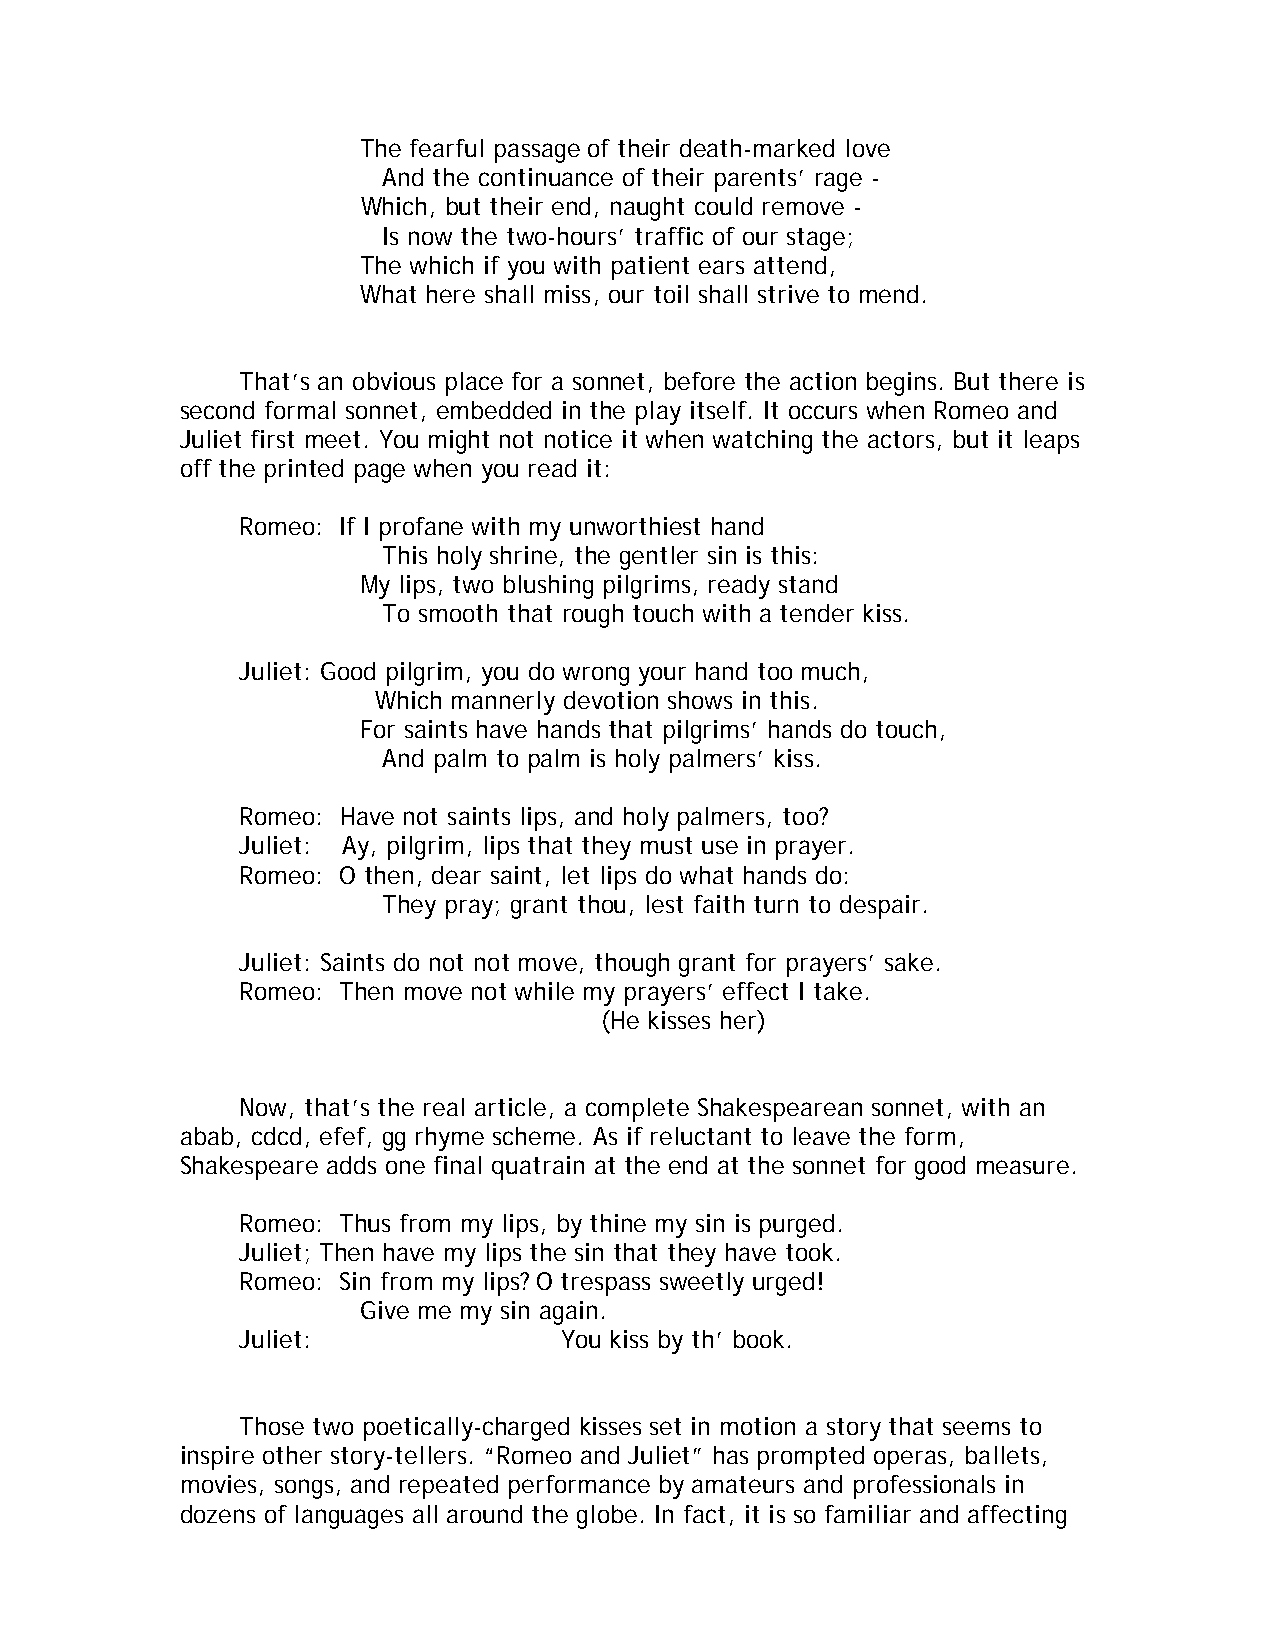
The fearful passage of their death-marked love
 And the continuance of their parents’ rage -
 Which, but their end, naught could remove -
 Is now the two-hours’ traffic of our stage;
 The which if you with patient ears attend,
 What here shall miss, our toil shall strive to mend.
 That’s an obvious place for a sonnet, before the action begins. But there is
 second formal sonnet, embedded in the play itself. It occurs when Romeo and
 Juliet first meet. You might not notice it when watching the actors, but it leaps
 off the printed page when you read it:
 Romeo: If I profane with my unworthiest hand
 This holy shrine, the gentler sin is this:
 My lips, two blushing pilgrims, ready stand
 To smooth that rough touch with a tender kiss.
 Juliet: Good pilgrim, you do wrong your hand too much,
 Which mannerly devotion shows in this.
 For saints have hands that pilgrims’ hands do touch,
 And palm to palm is holy palmers’ kiss.
 Romeo: Have not saints lips, and holy palmers, too?
 Juliet: Ay, pilgrim, lips that they must use in prayer.
 Romeo: O then, dear saint, let lips do what hands do:
 They pray; grant thou, lest faith turn to despair.
 Juliet: Saints do not not move, though grant for prayers’ sake.
 Romeo: Then move not while my prayers’ effect I take.
 (He kisses her)
 Now, that’s the real article, a complete Shakespearean sonnet, with an
 abab, cdcd, efef, gg rhyme scheme. As if reluctant to leave the form,
 Shakespeare adds one final quatrain at the end at the sonnet for good measure.
 Romeo: Thus from my lips, by thine my sin is purged.
 Juliet; Then have my lips the sin that they have took.
 Romeo: Sin from my lips? O trespass sweetly urged!
 Give me my sin again.
 Juliet:              You kiss by th’ book.
 Those two poetically-charged kisses set in motion a story that seems to
 inspire other story-tellers. “Romeo and Juliet” has prompted operas, ballets,
 movies, songs, and repeated performance by amateurs and professionals in
 dozens of languages all around the globe. In fact, it is so familiar and affecting